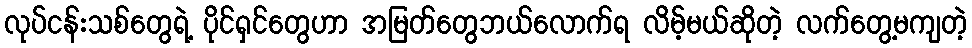
လုပ်ငန်းသစ်တွေရဲ့ ပိုင်ရှင်တွေဟာ အမြတ်တွေဘယ်လောက်ရ လိမ့်မယ်ဆိုတဲ့ လက်တွေ့မကျတဲ့